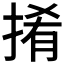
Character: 𢯎